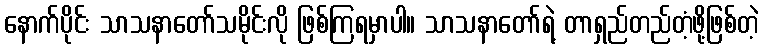
နောက်ပိုင်း သာသနာတော်သမိုင်းလို ဖြစ်ကြရမှာပါ။ သာသနာတော်ရဲ့ တာရှည်တည်တံ့ဖို့ဖြစ်တဲ့